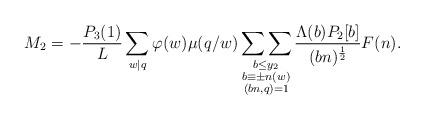
LaTeX: \begin{align*}M_2 &= -\frac{P_3(1)}{L}\sum_{w \mid q} \varphi(w) \mu(q/w) \mathop{\sum \sum}_{\substack{b \leq y_2 \\ b \equiv \pm n (w) \\ (bn,q)=1}} \frac{\Lambda(b) P_2[b]}{(bn)^{\frac{1}{2}}} F(n).\end{align*}